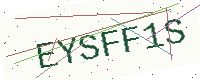
Text: EYSFF1S